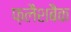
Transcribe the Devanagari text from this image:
फ़लैशबैक